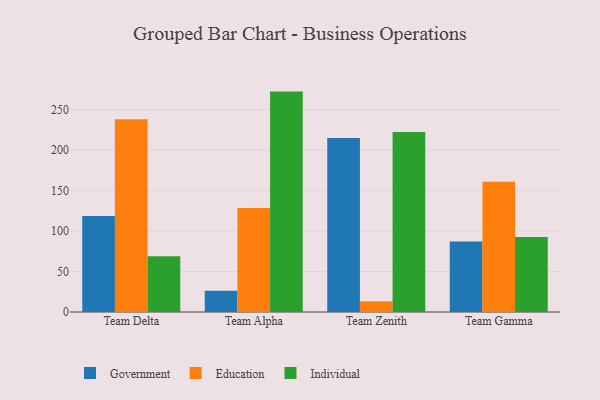
{"axis": {"x": "Team", "y": "Operating Costs (USD K)"}, "legend": ["Education", "Government", "Individual"], "data": [{"x": "Team Delta", "y": 118.5, "type": "Government"}, {"x": "Team Delta", "y": 238.0, "type": "Education"}, {"x": "Team Delta", "y": 68.9, "type": "Individual"}, {"x": "Team Alpha", "y": 26.3, "type": "Government"}, {"x": "Team Alpha", "y": 128.6, "type": "Education"}, {"x": "Team Alpha", "y": 272.3, "type": "Individual"}, {"x": "Team Zenith", "y": 215.1, "type": "Government"}, {"x": "Team Zenith", "y": 13.4, "type": "Education"}, {"x": "Team Zenith", "y": 222.4, "type": "Individual"}, {"x": "Team Gamma", "y": 87.1, "type": "Government"}, {"x": "Team Gamma", "y": 160.9, "type": "Education"}, {"x": "Team Gamma", "y": 92.8, "type": "Individual"}]}